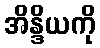
အိန္ဒိယကို